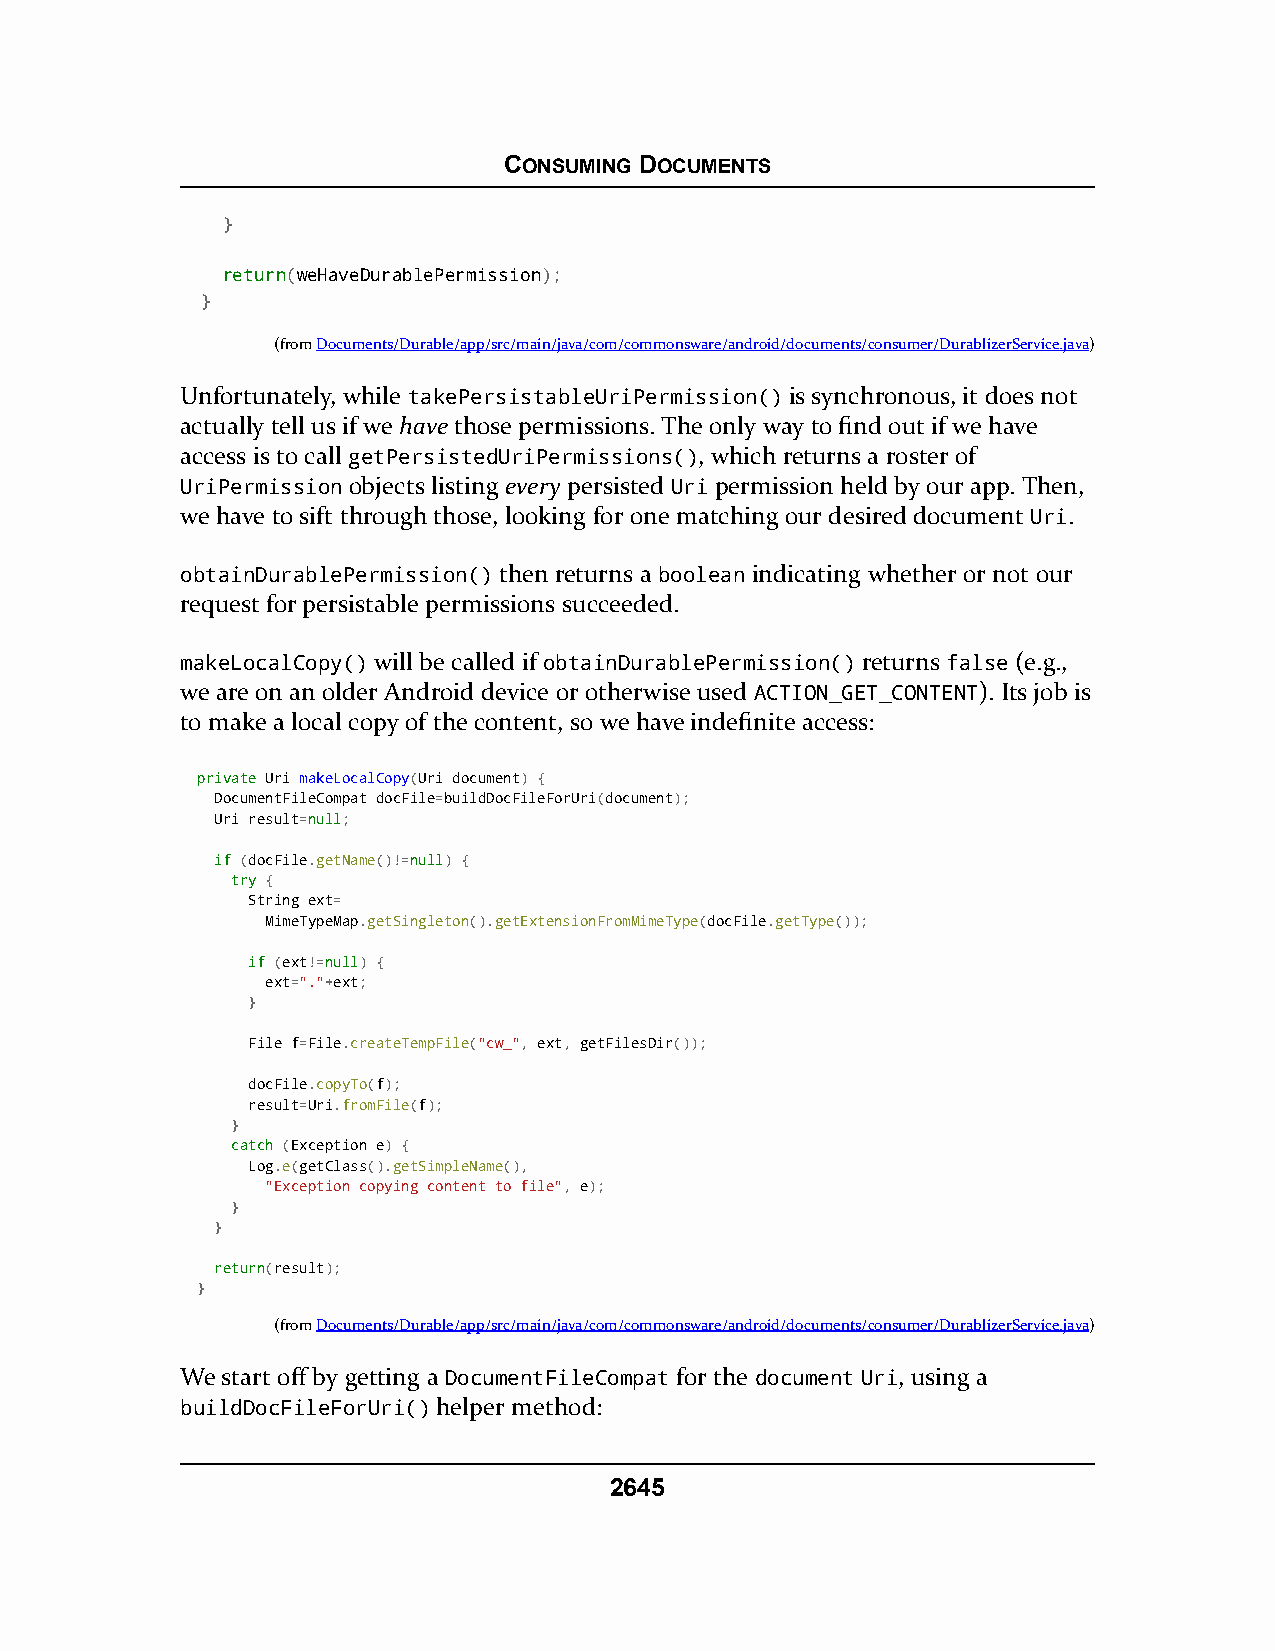
CONSUMING DOCUMENTS
 }
 rreettuurrnn(weHaveDurablePermission);
 }
 (fromDocuments/Durable/app/src/main/java/com/commonsware/android/documents/consumer/DurablizerService.java)
 Unfortunately, while takePersistableUriPermission() is synchronous, it does not
 actually tell us if we have those permissions. The only way to find out if we have
 access is to call getPersistedUriPermissions(), which returns a roster of
 UriPermission objects listing every persisted Uri permission held by our app. Then,
 we have to sift through those, looking for one matching our desired document Uri.
 obtainDurablePermission() then returns a boolean indicating whether or not our
 request for persistable permissions succeeded.
 makeLocalCopy() will be called if obtainDurablePermission() returns false (e.g.,
 we are on an older Android device or otherwise used ACTION_GET_CONTENT). Its job is
 to make a local copy of the content, so we have indefinite access:
 pprriivvaattee Uri makeLocalCopy(Uri document) {
 DocumentFileCompat docFile=buildDocFileForUri(document);
 Uri result=nnuullll;
 iiff (docFile.getName()!=nnuullll) {
 ttrryy {
 String ext=
 MimeTypeMap.getSingleton().getExtensionFromMimeType(docFile.getType());
 iiff (ext!=nnuullll) {
 ext="."+ext;
 }
 File f=File.createTempFile("cw_", ext, getFilesDir());
 docFile.copyTo(f);
 result=Uri.fromFile(f);
 }
 ccaattcchh (Exception e) {
 Log.e(getClass().getSimpleName(),
 "Exception copying content to file", e);
 }
 }
 rreettuurrnn(result);
 }
 (fromDocuments/Durable/app/src/main/java/com/commonsware/android/documents/consumer/DurablizerService.java)
 We start off by getting a DocumentFileCompat for the document Uri, using a
 buildDocFileForUri() helper method:
 2645